Civil Veterinary Dept. Bombay admin report 1923-31 - 1923-1931
Year: 1923
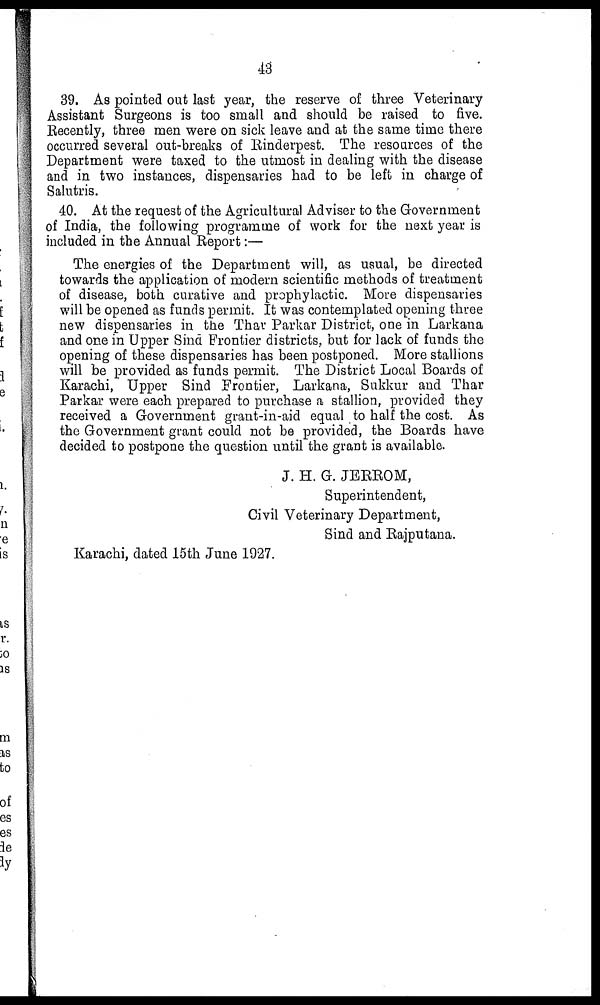
43
39. As pointed out last year, the reserve of three Veterinary
Assistant Surgeons is too small and should be raised to five.
Recently, three men were on sick leave and at the same time there
occurred several out-breaks of Rinderpest. The resources of the
Department were taxed to the utmost in dealing with the disease
and in two instances, dispensaries had to be left in charge of
Salutris.
40. At the request of the Agricultural Adviser to the Government
of India, the following programme of work for the next year is
included in the Annual Report:—
The energies of the Department will, as usual, be directed
towards the application of modern scientific methods of treatment
of disease, both curative and prophylactic. More dispensaries
will be opened as funds permit. It was contemplated opening three
new dispensaries in the Thar Parkar District, one in Larkana
and one in Upper Sind Frontier districts, but for lack of funds the
opening of these dispensaries has been postponed. More stallions
will be provided as funds permit. The District Local Boards of
Karachi, Upper Sind Frontier, Larkana, Sukkur and Thar
Parkar were each prepared to purchase a stallion, provided they
received a Government grant-in-aid equal to half the cost. As
the Government grant could not be provided, the Boards have
decided to postpone the question until the grant is available.
J. H. G. JERROM,
Superintendent,
Civil Veterinary Department,
Sind and Rajputana.
Karachi, dated 15th June 1927.